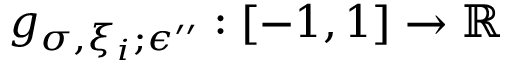
g _ { \sigma , \xi _ { i } ; \epsilon ^ { \prime \prime } } : [ - 1 , 1 ] \to \mathbb { R }